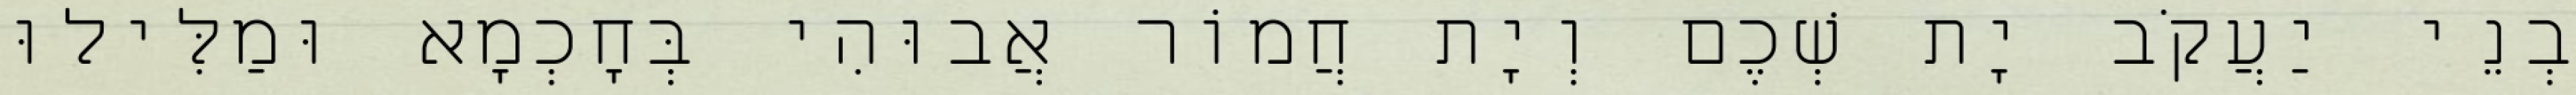
בְנֵי יַעֲקֹב יָת שְׁכֶם וְיָת חֲמוֹר אֲבוּהִי בְּחָכְמָא וּמַלִּילוּ